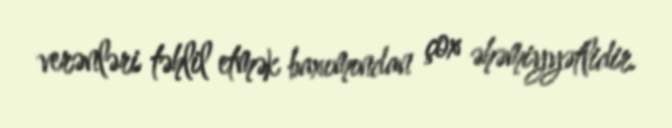
verənləri təhlil etmək baxımından çox əhəmiyyətlidir.